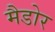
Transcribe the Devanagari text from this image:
मैडोर